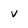
Character: V